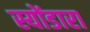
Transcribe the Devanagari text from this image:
स्योंडारा